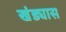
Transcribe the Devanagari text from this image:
खंड्यास